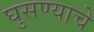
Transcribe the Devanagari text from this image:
घुसण्याचे